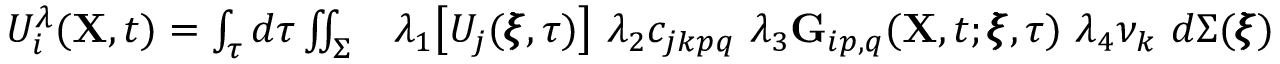
\begin{array} { r l } { U _ { i } ^ { \lambda } ( \mathbf { X } , t ) = \int _ { \tau } d \tau \iint _ { \Sigma } } & { { } \lambda _ { 1 } \big [ U _ { j } ( \pmb { \xi } , \tau ) \big ] ~ \lambda _ { 2 } c _ { j k p q } ~ \lambda _ { 3 } \mathbf { G } _ { i p , q } ( \mathbf { X } , t ; \pmb { \xi } , \tau ) ~ \lambda _ { 4 } \nu _ { k } ~ d \Sigma ( \pmb { \xi } ) } \end{array}